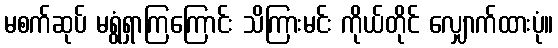
မစက်ဆုပ် မရွံရှာကြကြောင်း သိကြားမင်း ကိုယ်တိုင် လျှောက်ထားပုံ။